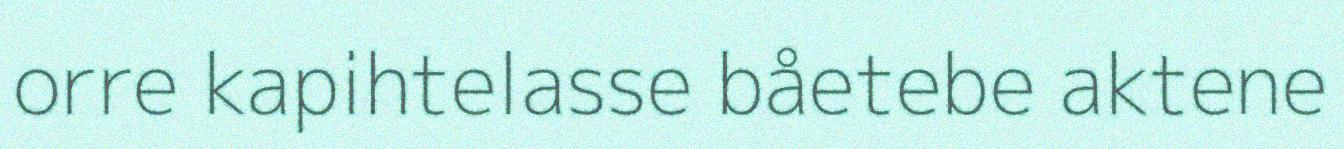
orre kapihtelasse båetebe aktene